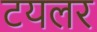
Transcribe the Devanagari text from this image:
टयलर